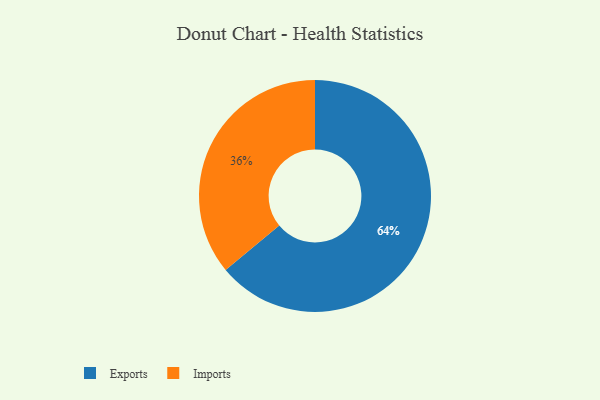
{"axis": {"x": "Category", "y": "Percentage"}, "legend": ["Exports", "Imports"], "data": [{"x": "Imports", "y": 36, "type": "Imports"}, {"x": "Exports", "y": 64, "type": "Exports"}]}